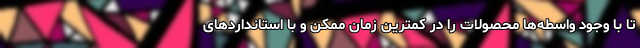
تا با وجود واسطه‌ها محصولات را در کمترین زمان ممکن و با استانداردهای